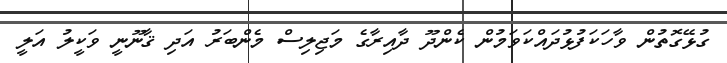
ގުޅޭގޮތުން ވާހަކަފުޅުދައްކަވަމުން ކެންދޫ ދާއިރާގެ މަޖިލިސް މެންބަރު އަދި ޤާނޫނީ ވަކީލު އަލީ